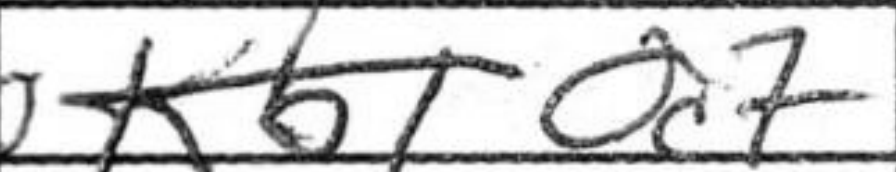
Transcription: Qc7